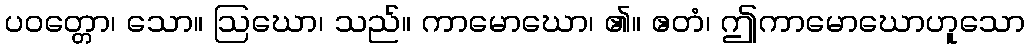
ပဝတ္တော၊ သော။ ဩဃော၊ သည်။ ကာမောဃော၊ ၏။ ဧတံ၊ ဤကာမောဃောဟူသော